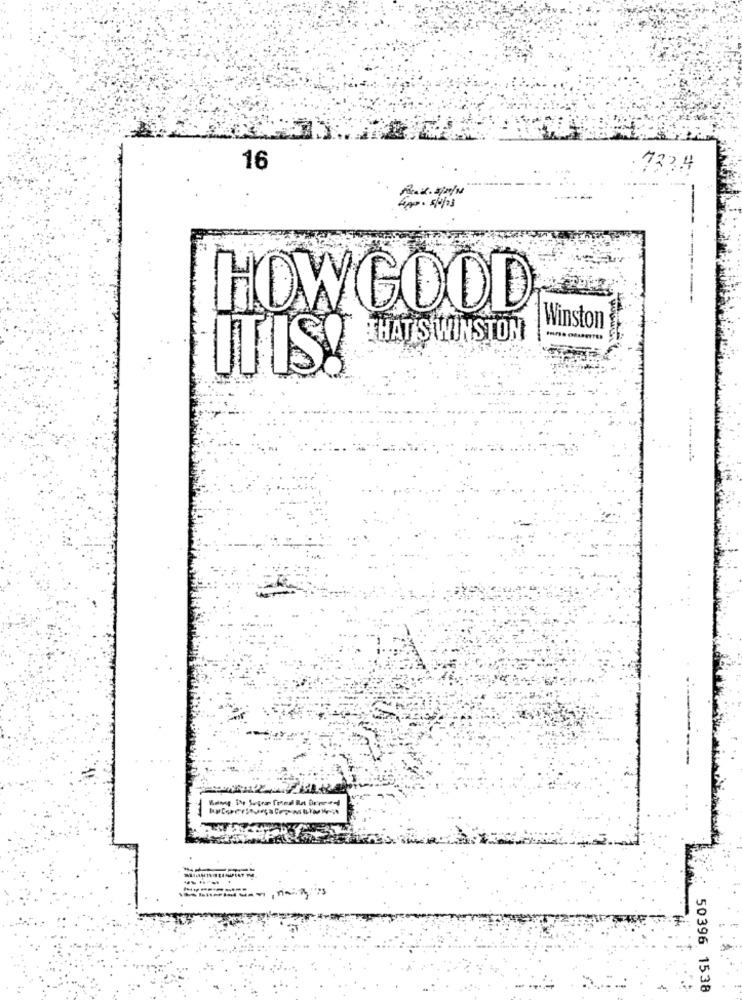
16
7224
Picai. p /N
HOWGOOD
Winston
THAT'S WINSTON
ITIS!
------
50396 1538